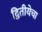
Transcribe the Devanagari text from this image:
द्वितीयेचा